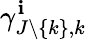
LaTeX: \gamma_{J\backslash\{ k\} ,k}^{\mathbf{i}}